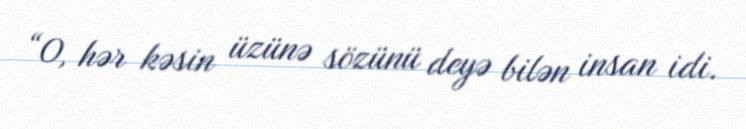
“O, hər kəsin üzünə sözünü deyə bilən insan idi.